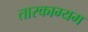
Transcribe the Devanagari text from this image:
तारकाम्यम